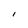
Character: l